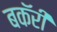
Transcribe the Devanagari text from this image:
बकॅरी